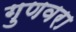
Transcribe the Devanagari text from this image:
गुणवरा